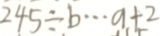
2 4 5 \div b \cdots a + 2